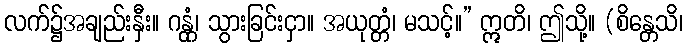
လက်၌အချည်းနှီး။ ဂန္တုံ၊ သွားခြင်းငှာ။ အယုတ္တံ၊ မသင့်။” ဣတိ၊ ဤသို့။ (စိန္တေသိ၊